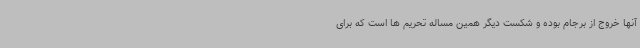
آنها خروج از برجام بوده و شکست دیگر همین مساله تحریم ها است که برای